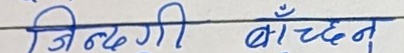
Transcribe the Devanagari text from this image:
जिन्दगी बाँच्दनु